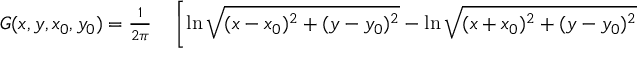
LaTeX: \begin{array} { r l } { G ( x , y , x _ { 0 } , y _ { 0 } ) = { \frac { 1 } { 2 \pi } } } & { { } \left[ \ln { \sqrt { ( x - x _ { 0 } ) ^ { 2 } + ( y - y _ { 0 } ) ^ { 2 } } } - \ln { \sqrt { ( x + x _ { 0 } ) ^ { 2 } + ( y - y _ { 0 } ) ^ { 2 } } } \right. } \end{array}